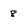
Character: 8